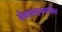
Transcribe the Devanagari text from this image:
सेवासदनमार्फत